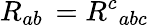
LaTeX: R_{ab}\, =R^{c}{}_{abc}